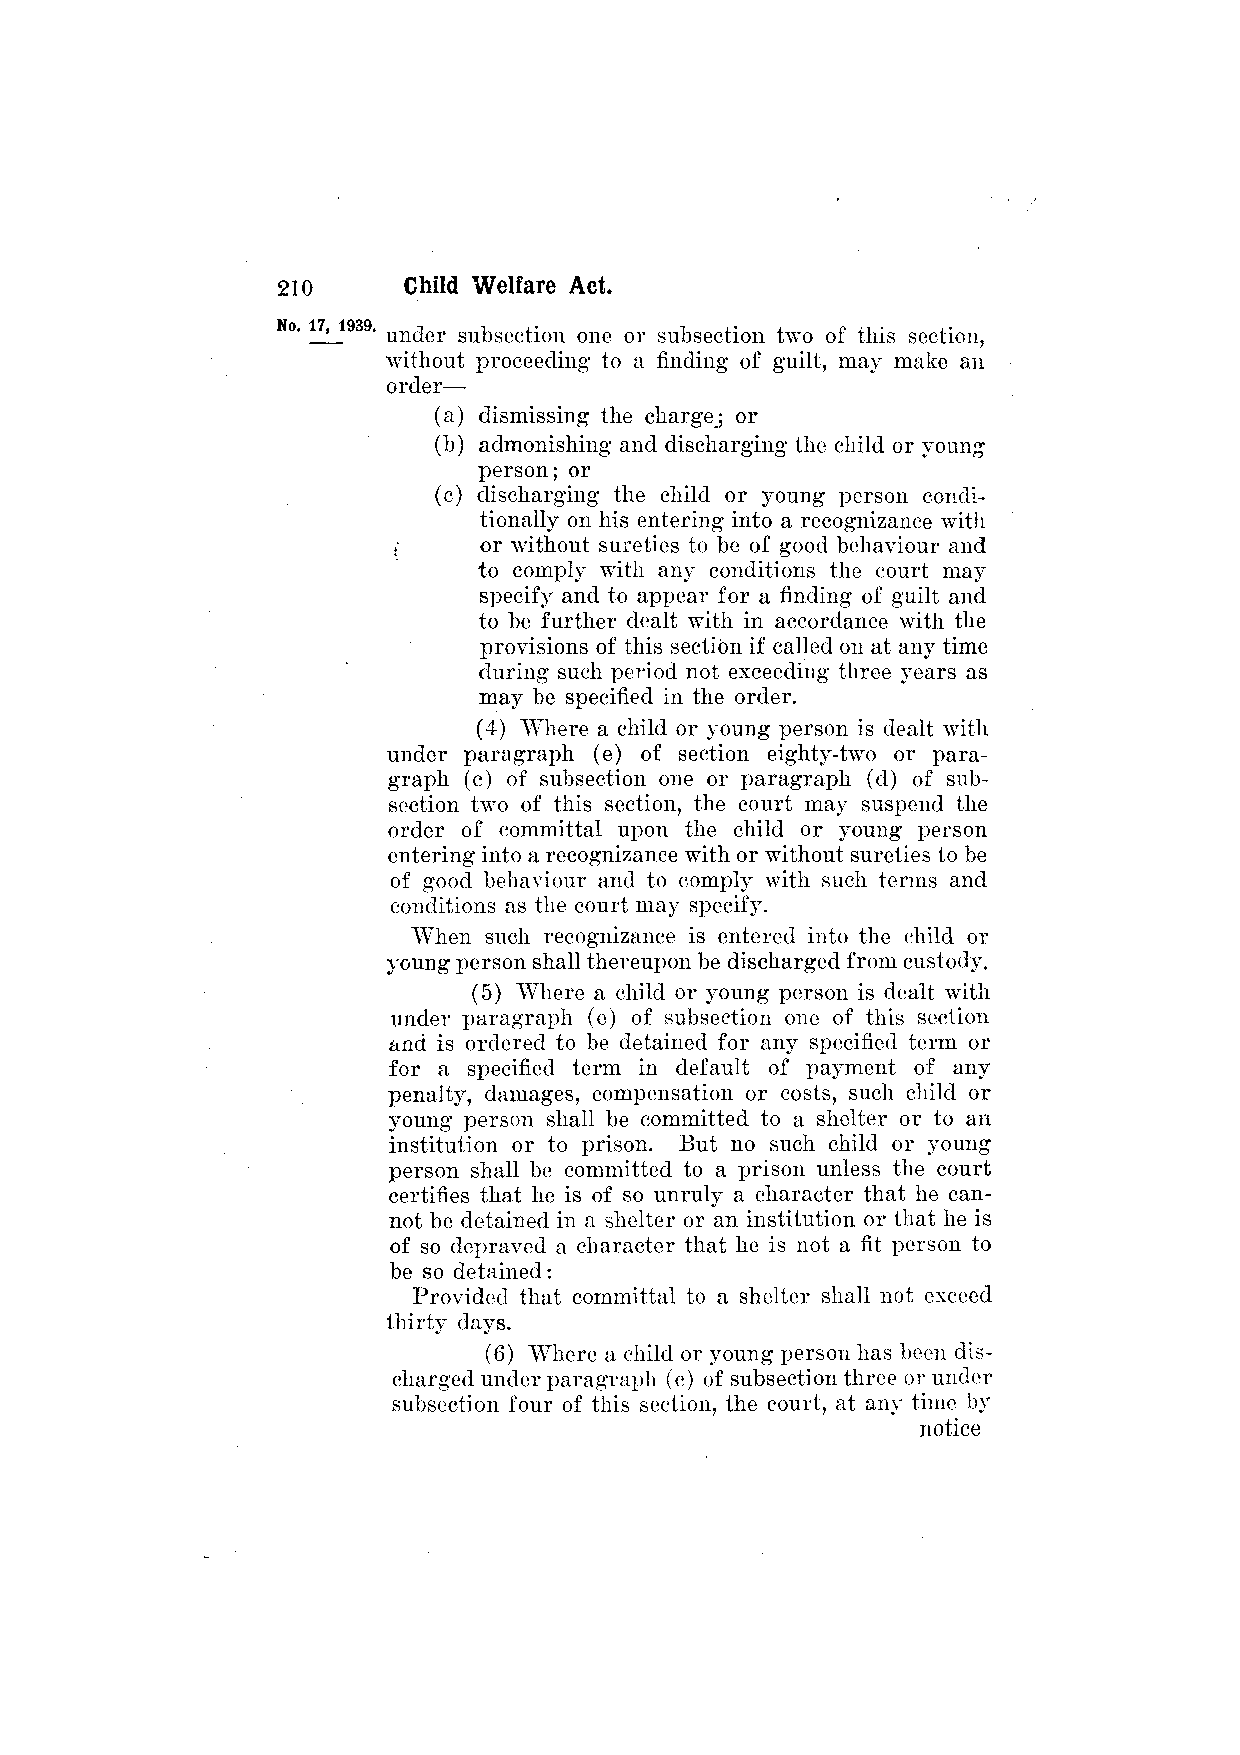
under subsection one or subsection two of this section,
 without proceeding to a finding of guilt, may make an
 order—
 (a) dismissing the charge; or
 (b) admonishing and discharging the child or young
 person; or
 (c) discharging the child or young person condi­
 tionally on his entering into a recognizance with
 or without sureties to be of good behaviour and
 to comply with any conditions the court may
 specify and to appear for a finding of guilt and
 to be further dealt with in accordance with the
 provisions of this section if called on at any time
 during such period not exceeding three years as
 may be specified in the order.
 (4) Where a child or young person is dealt with
 under paragraph (e) of section eighty-two or para­
 graph (c) of subsection one or paragraph (d) of sub­
 section two of this section, the court may suspend the
 order of committal upon the child or young person
 entering into a recognizance with or without sureties to be
 of good behaviour and to comply with such terms and
 conditions as the court may specify.
 When such recognizance is entered into the child or
 young person shall thereupon be discharged from custody.
 (5) Where a child or young person is dealt with
 under paragraph (e) of subsection one of this section
 and is ordered to be detained for any specified term or
 for a specified term in default of payment of any
 penalty, damages, compensation or costs, such child or
 young person shall be committed to a shelter or to an
 institution or to prison. But no such child or young
 person shall be committed to a prison unless the court
 certifies that he is of so unruly a character that he can­
 not be detained in a shelter or an institution or that he is
 of so depraved a character that he is not a fit person to
 be so detained:
 Provided that committal to a shelter shall not exceed
 thirty days.
 (6) Where a child or young person has been dis­
 charged under paragraph (c) of subsection three or under
 subsection four of this section, the court, at any time by
 notice